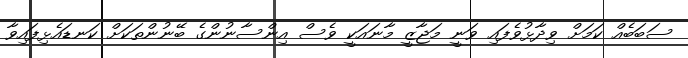
ސަބަބެއް ކަމަށް ވިދާޅުވެފައި ވަނީ މަޖާޒީ މާނައަކީ ވެސް އިންސާނުންގެ ބޭނުންތަކަށް ކަނޑައެޅިފައިވާ